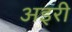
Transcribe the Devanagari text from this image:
अइरी